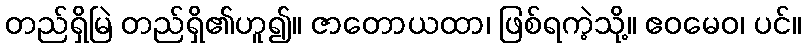
တည်ရှိမြဲ တည်ရှိ၏ဟူ၍။ ဇာတောယထာ၊ ဖြစ်ရကဲ့သို့။ ဧဝမေဝ၊ ပင်။